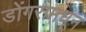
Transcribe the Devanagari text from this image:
डोंगरामधून